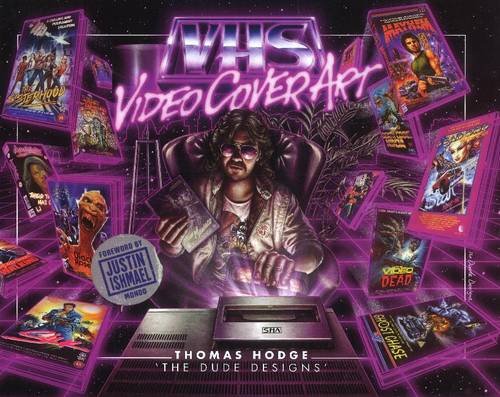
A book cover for VHS Video Cover Art: 1980s to Early 1990s; Thomas Hodge; Humor & Entertainment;